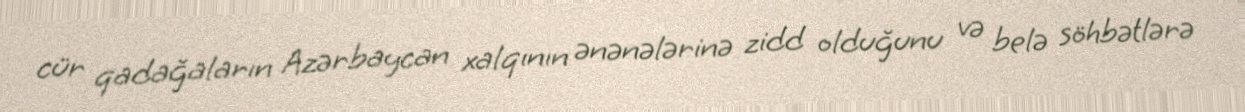
cür qadağaların Azərbaycan xalqının ənənələrinə zidd olduğunu və belə söhbətlərə